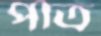
পাত